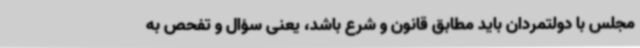
مجلس با دولتمردان باید مطابق قانون و شرع باشد، یعنی سؤال و تفحص به